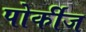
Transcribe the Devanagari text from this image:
पोर्कीज